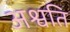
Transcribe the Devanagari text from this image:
अश्वति